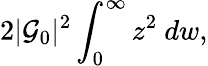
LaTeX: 2|{\cal G}_{0}|^{2}\int_{0}^{\infty}z^{2}~dw,